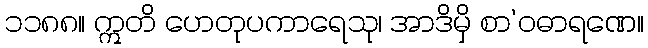
၁၁၈၈။ ဣတိ ဟေတုပကာရေသု၊ အာဒိမှိ စာ’ဝဓာရဏေ။